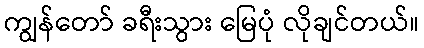
ကျွန်တော် ခရီးသွား မြေပုံ လိုချင်တယ်။